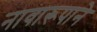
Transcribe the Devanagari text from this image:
नावारूपाने